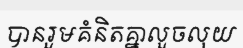
បានរួមគំនិតគ្នាលួចលុយ